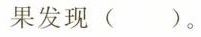
果发现()。